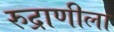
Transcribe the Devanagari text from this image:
रुद्राणीला